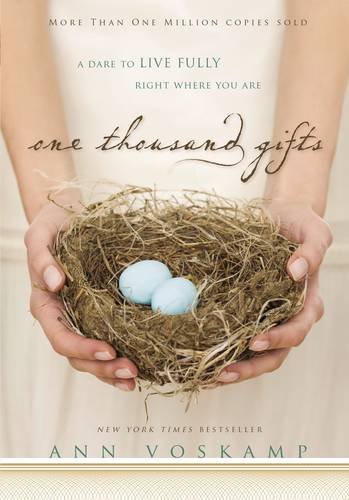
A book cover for One Thousand Gifts: A Dare to Live Fully Right Where You Are; Ann Voskamp; Christian Books & Bibles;